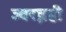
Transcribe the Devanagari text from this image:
ज्वरघ्नही